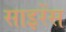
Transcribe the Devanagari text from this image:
साइरेंस